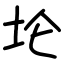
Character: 𫭢